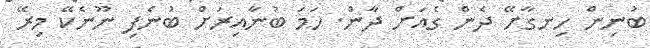
ބުނިން ހިނގާށޭ ދެން ގެއަށް ދާން. ހަމަ ބުނާއިރަށް ބުނެފި ނޫނެކޭ މިރޭ